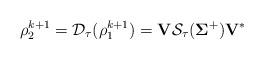
LaTeX: \begin{align*}\mathbf{\rho}_2^{k+1}= \mathcal{D}_{\tau}(\mathbf{\rho}_1^{k+1}) = \mathbf{V}\mathcal{S}_{\tau}(\mathbf{\Sigma}^+) \mathbf{V}^* \end{align*}